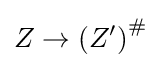
Z\to \left(Z^{\prime }\right)^{\#}